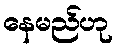
နေမည်ဟု